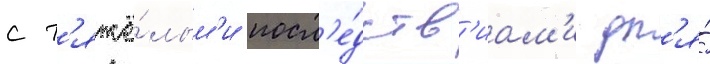
с т'яжё́лым'и посл'е́дств'иам'и дл'я́